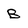
Character: B